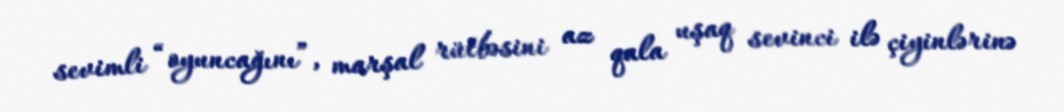
sevimli “oyuncağını”, marşal rütbəsini az qala uşaq sevinci ilə çiyinlərinə